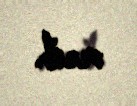
verib.